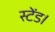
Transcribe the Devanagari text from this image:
स्टेंड।